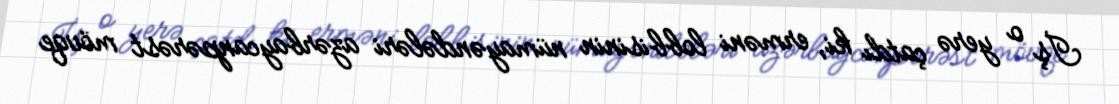
İş o yerə çatdı ki, erməni lobbisinin nümayəndələri azərbaycanpərəst mövqe